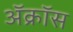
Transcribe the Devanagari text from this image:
ॲक्रॉस